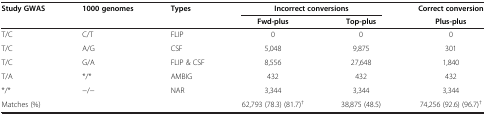
<table><thead><tr><td><b>Study GWAS</b></td><td><b>1000 genomes</b></td><td><b>Types</b></td><td colspan="2"><b>Incorrect conversions</b></td><td><b>Correct conversion</b></td></tr><tr><td><b> </b></td><td><b> </b></td><td><b> </b></td><td><b>Fwd-plus</b></td><td><b>Top-plus</b></td><td><b>Plus-plus</b></td></tr></thead><tbody><tr><td>T/C</td><td>C/T</td><td>FLIP</td><td>0</td><td>0</td><td>0</td></tr><tr><td>T/C</td><td>A/G</td><td>CSF</td><td>5,048</td><td>9,875</td><td>301</td></tr><tr><td>T/C</td><td>G/A</td><td>FLIP &amp; CSF</td><td>8,556</td><td>27,648</td><td>1,840</td></tr><tr><td>T/A</td><td>*/*</td><td>AMBIG</td><td>432</td><td>432</td><td>432</td></tr><tr><td>*/*</td><td>−/−</td><td>NAR</td><td>3,344</td><td>3,344</td><td>3,344</td></tr><tr><td>Matches (%)</td><td> </td><td> </td><td>62,793 (78.3) (81.7)<sup>†</sup></td><td>38,875 (48.5)</td><td>74,256 (92.6) (96.7)<sup>†</sup></td></tr></tbody></table>